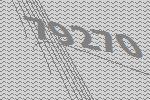
79270